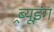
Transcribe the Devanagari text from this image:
ब्र्यूइंग